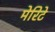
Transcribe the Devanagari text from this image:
मेरिटे